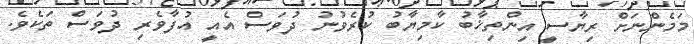
މަމެންނަށް ރިޔާސީ އިންތިޚާބު ކާމިޔާބު ކުރެވުނު ދުވަސް އެއީ އުފާވެރި ދުވަސް ތަކެވެ.